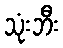
သုံးဘီး